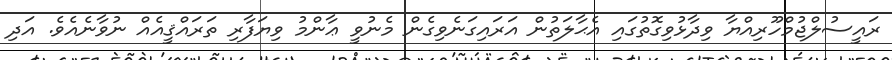
ރައީސުލްޖުމްހޫރިއްޔާ ވިދާޅުވިގޮތުގައި އެޙާލަތުން އަރައިގަނެވިގެން މެނުވީ ޢާންމު ވިޔަފާރި ތަރައްޤީއެއް ނުވާނެއެވެ. އަދި